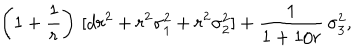
\left( 1 + \frac { 1 } { r } \right) \, [ d r ^ { 2 } + r ^ { 2 } \sigma _ { 1 } ^ { 2 } + r ^ { 2 } \sigma _ { 2 } ^ { 2 } ] + \frac { 1 } { 1 + 1 / r } \, \sigma _ { 3 } ^ { 2 } ,